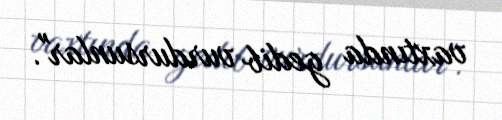
vaxtında gedib vurdursunlar".